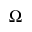
\Omega